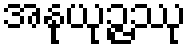
အနုယုဉ္ဇဿု